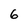
Character: 6